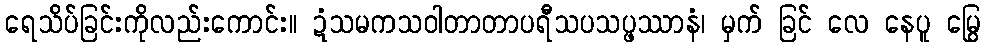
ရေသိပ်ခြင်းကိုလည်းကောင်း။ ဍံသမကသဝါတာတာပရီသပသပ္ဖဿာနံ၊ မှက် ခြင် လေ နေပူ မြွေ